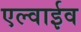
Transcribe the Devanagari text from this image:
एल्वाईव